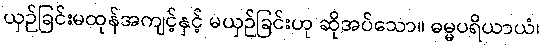
ယှဉ်ခြင်းမထုန်အကျင့်နှင့် မယှဉ်ခြင်းဟု ဆိုအပ်သော။ ဓမ္မပရိယာယံ၊